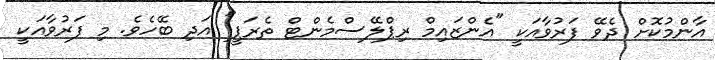
އާންމުކޮށް ދެވޭ ފަރުވާއަކީ "އެންޒައިމް ރިޕްލޭސްމެންޓް ތެރަޕީ" އަދި ބޭހެވެ. މި ފަރުވާއަކީ